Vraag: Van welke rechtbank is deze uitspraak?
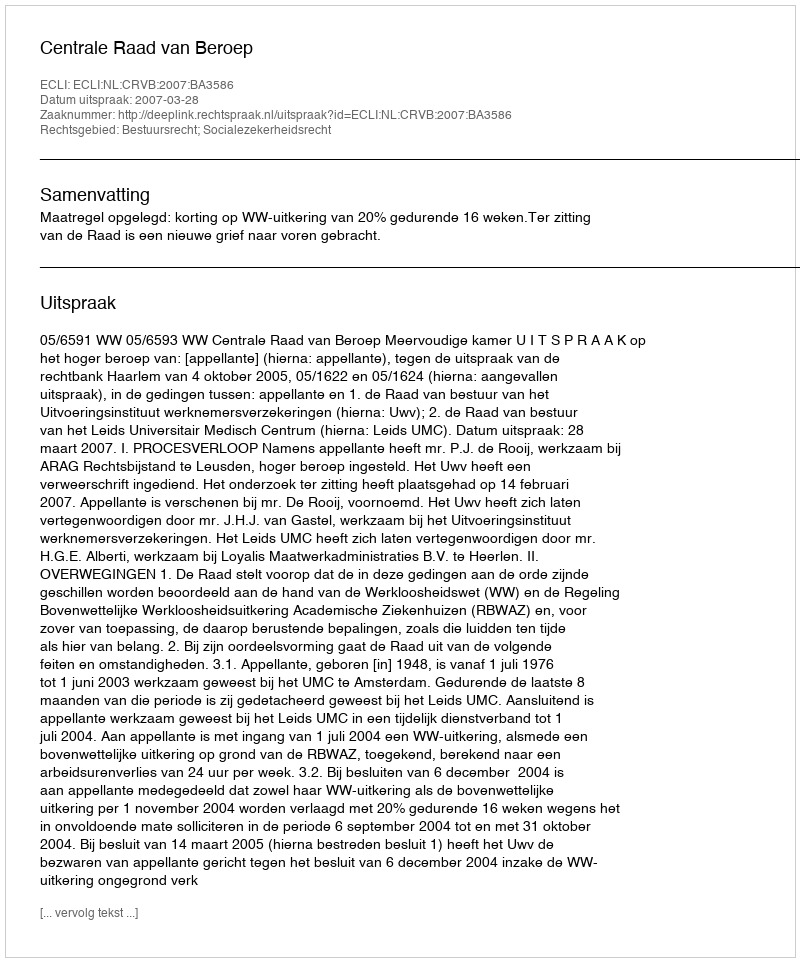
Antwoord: Centrale Raad van Beroep